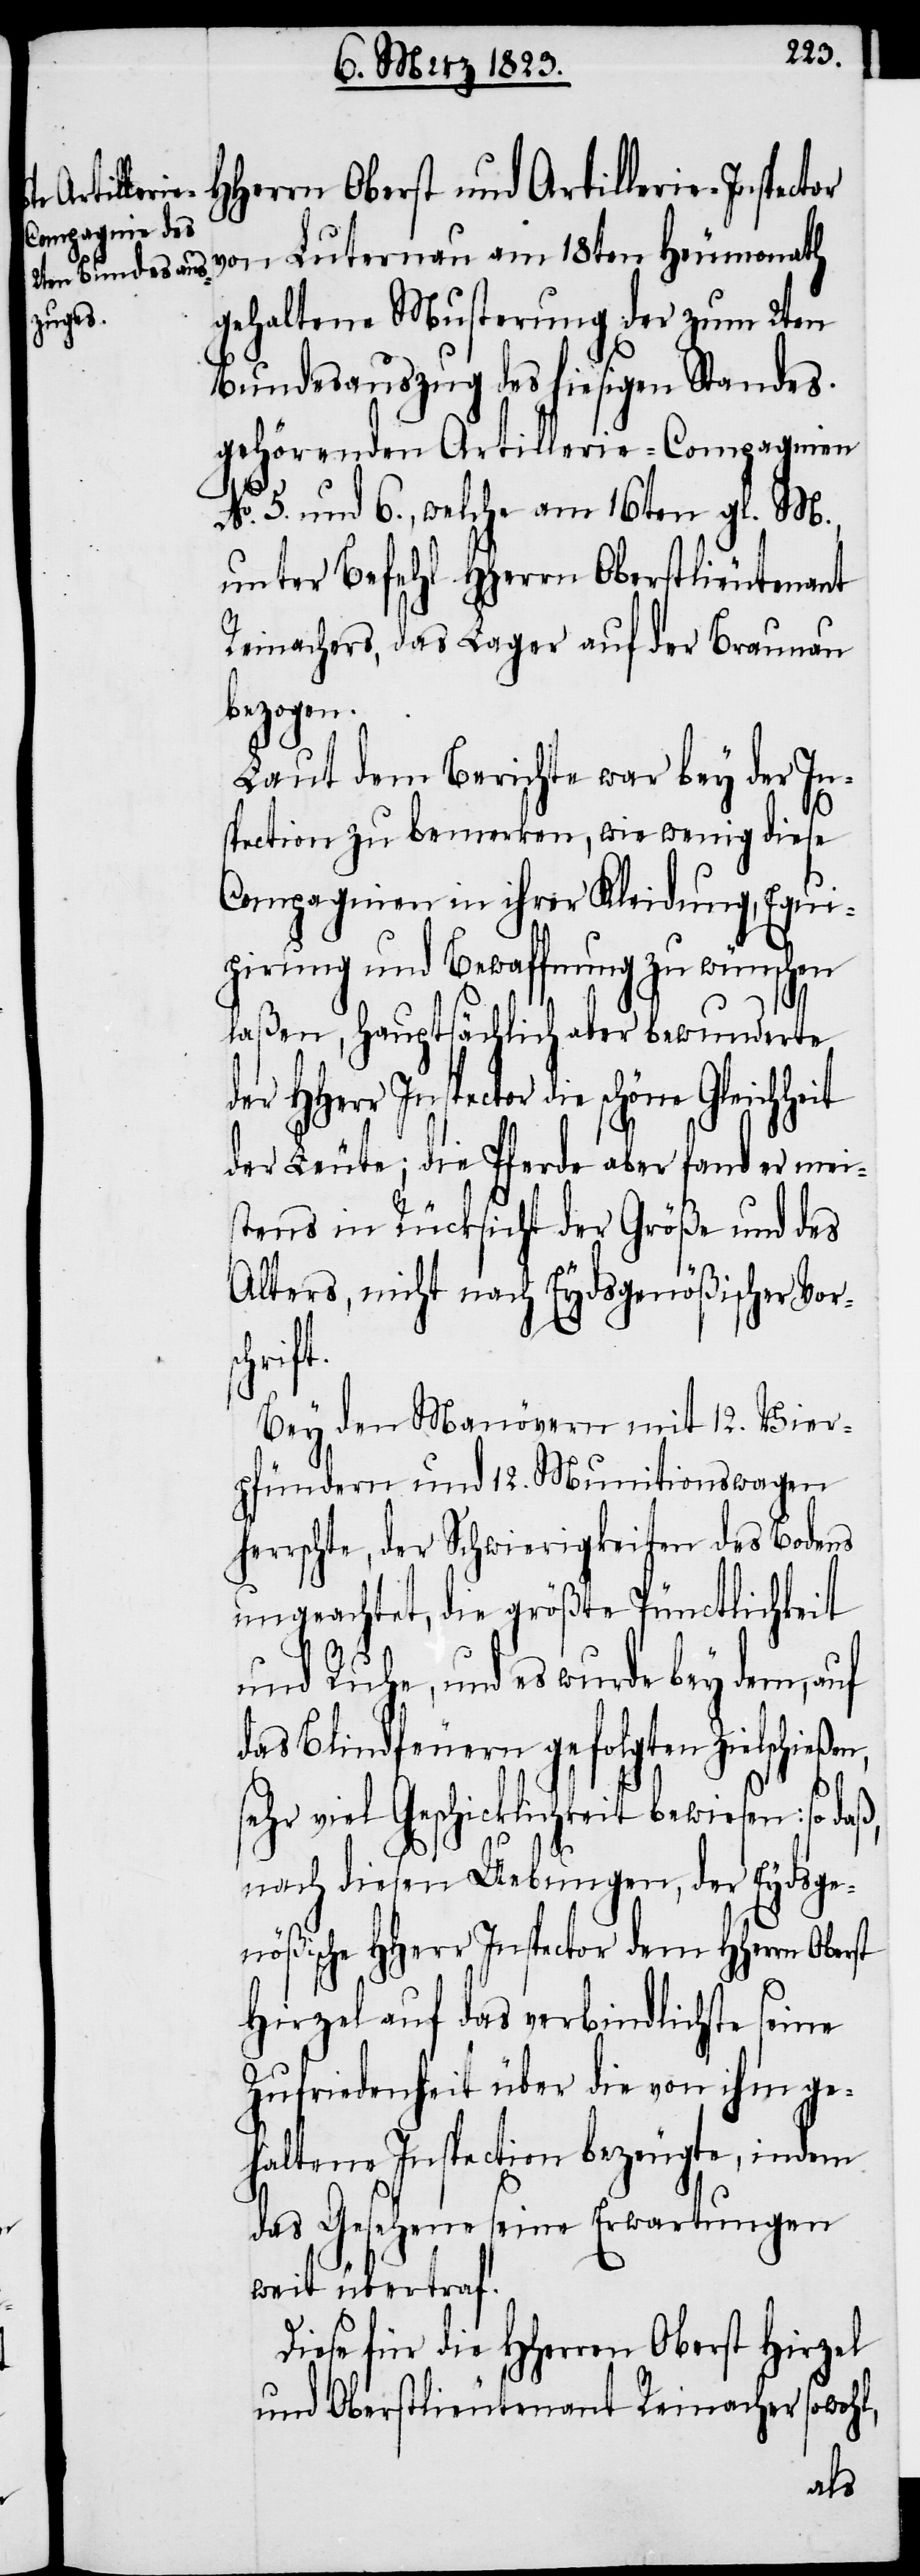
HHerrn Oberst und Artillerie-Inspector
von Luternau am 18ten Heumonath
gehaltene Musterung der zum 2ten
Bundesauszug des hiesigen Standes
gehörenden Artillerie-Compagnien
No. 5. und 6., welche am 16ten gl. M.,
unter Befehl HHerrn Oberstlieutenant
Reinachers, das Lager auf der Braunau
bezogen.
Laut dem Berichte war bey der In¬
spection zu bemerken, wie wenig diese
Compagnien in ihrer Kleidung, Equi¬
pirung und Bewaffnung zu wünschen
laßen, Hauptsächlich aber bewunderte
HHerr Inspector die schöne
der Leute; die Pferde aber fand er mei¬
stens in Rücksicht der Größe und des
Alters, nicht nach Eydsgenößischer Vor¬
schri¬
Bey den Manövern mit 12. Vier¬
pfündern und 12. Munitionswagen
herrschte, der Schwierigkeiten des Bodens
ungeachtet, die größte Pünctlichkeit
und Ruhe, und es wurde bey dem, auf
das Blindfeuern gefolgten Zielschießen,
sehr viel Geschicklichkeit bewiesen: so
nach diesen Uebungen, der Eydsge¬
nößische HHerr Inspector dem HHerrn Oberst
Hirzel auf das verbindlichste seine
Zufriedenheit über die von ihm ge¬
haltene Inspection bezeugte, indem
das Gesehene seine Erwartungen
weit übertraf.
Diese für die HHerren Oberst Hirzel
und Oberstlieutenant Reinacher sowohl,
ft.